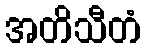
အတိသီတံ